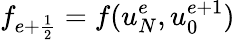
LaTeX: f_{e+\frac{1}{2}}=f(u_{N}^{e},u_{0}^{e+1})